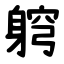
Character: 䠻